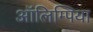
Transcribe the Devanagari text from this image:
ऑलिम्पिया